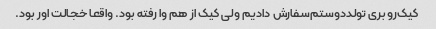
کیک‌رو بری تولددوستم‌سفارش دادیم ولی کیک از هم وا رفته بود. واقعا خجالت اور بود.